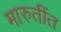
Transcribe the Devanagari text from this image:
मारुतींत